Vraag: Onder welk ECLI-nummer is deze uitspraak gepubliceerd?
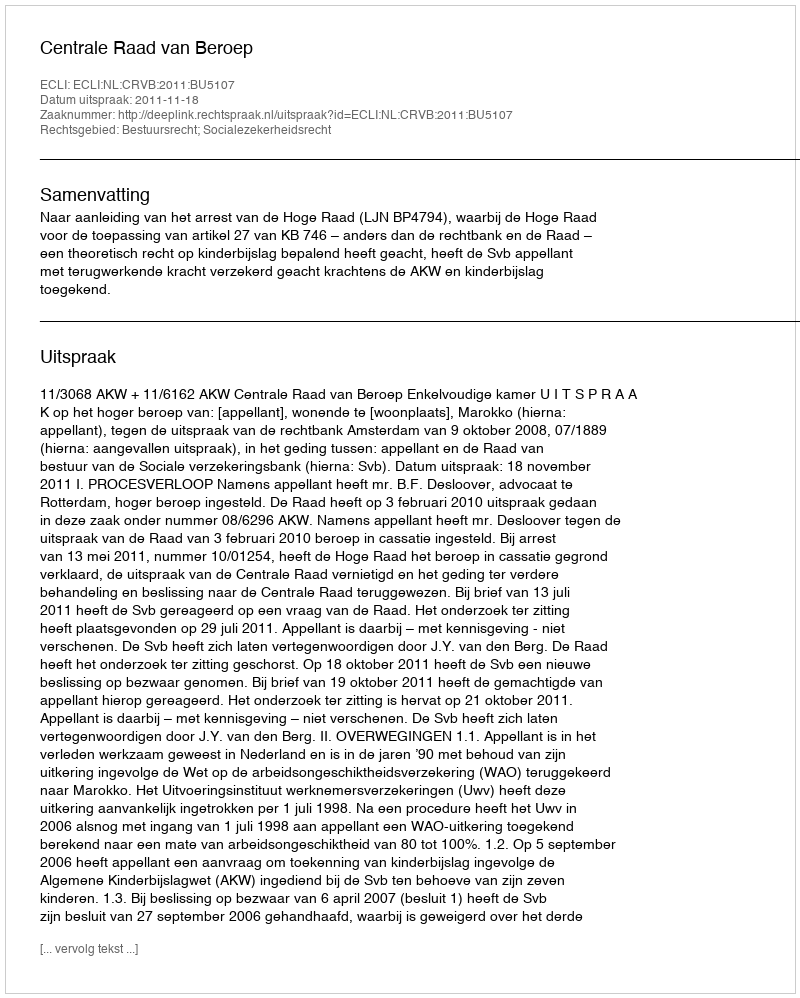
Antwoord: ECLI:NL:CRVB:2011:BU5107